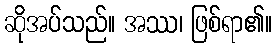
ဆိုအပ်သည်။ အဿ၊ ဖြစ်ရာ၏။